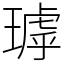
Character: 㻯